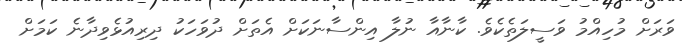
ވަރަށް މުހިއްމު ވަސީލަތެކެވެ. ކާނާއާ ނުލާ އިންސާނަކަށް އެތަށް ދުވަހަކު ދިރިއުޅެވިދާނެ ކަމަށް